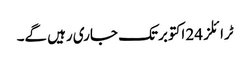
ٹرائلز 24 اکتوبر تک جاری رہیں گے۔